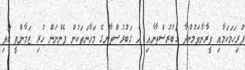
ފުރިހަމަކަމާއި ވީރާނާވަމުންދާ ގަބުރުސްތާނާއި އެ ގަބުރުސްތާނުގެ މަހާނަތަކުން ފެންނަން ހުރި ޒަމާންވީ ކަވި